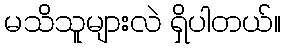
မသိသူများလဲ ရှိပါတယ်။